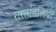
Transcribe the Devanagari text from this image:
रासमंडलियों